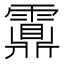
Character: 𩆆